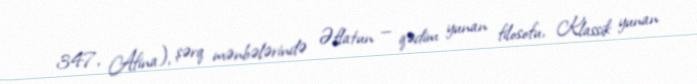
347, Afina), şərq mənbələrində Əflatun — qədim yunan filosofu, Klassik yunan